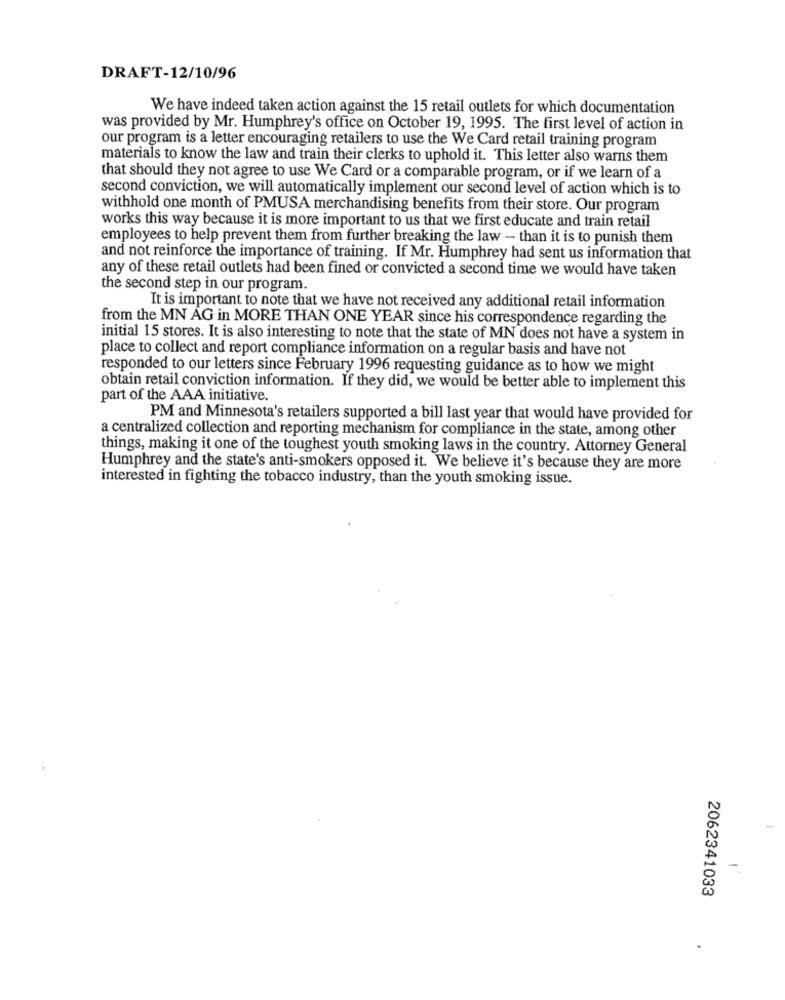
DRAFT-12/10/96
We have indeed taken action against the 15 retail outlets for which documentation
was provided by Mr. Humphrey's office on October 19, 1995. The first level of action in
our program is a letter encouraging retailers to use the We Card retail training program
materials to know the law and train their clerks to uphold it. This letter also warns them
that should they not agree to use We Card or a comparable program, or if we learn of a
second conviction, we will automatically implement our second level of action which is to
withhold one month of PMUSA merchandising benefits from their store. Our program
works this way because it is more important to us that we first educate and train retail
employees to help prevent them from further breaking the law -- than it is to punish them
and not reinforce the importance of training. If Mr. Humphrey had sent us information that
any of these retail outlets had been fined or convicted a second time we would have taken
the second step in our program.
It is important to note that we have not received any additional retail information
from the MN AG in MORE THAN ONE YEAR since his correspondence regarding the
initial 15 stores. It is also interesting to note that the state of MN does not have a system in
place to collect and report compliance information on a regular basis and have not
responded to our letters since February 1996 requesting guidance as to how we might
obtain retail conviction information. If they did, we would be better able to implement this
part of the AAA initiative.
PM and Minnesota's retailers supported a bill last year that would have provided for
a centralized collection and reporting mechanism for compliance in the state, among other
things, making it one of the toughest youth smoking laws in the country. Attorney General
Humphrey and the state's anti-smokers opposed it. We believe it's because they are more
interested in fighting the tobacco industry, than the youth smoking issue.
2062341033